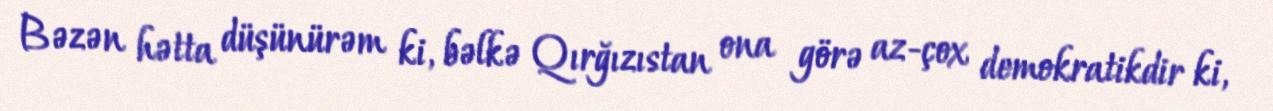
Bəzən hətta düşünürəm ki, bəlkə Qırğızıstan ona görə az-çox demokratikdir ki,